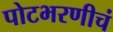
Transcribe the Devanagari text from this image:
पोटभरणीचं